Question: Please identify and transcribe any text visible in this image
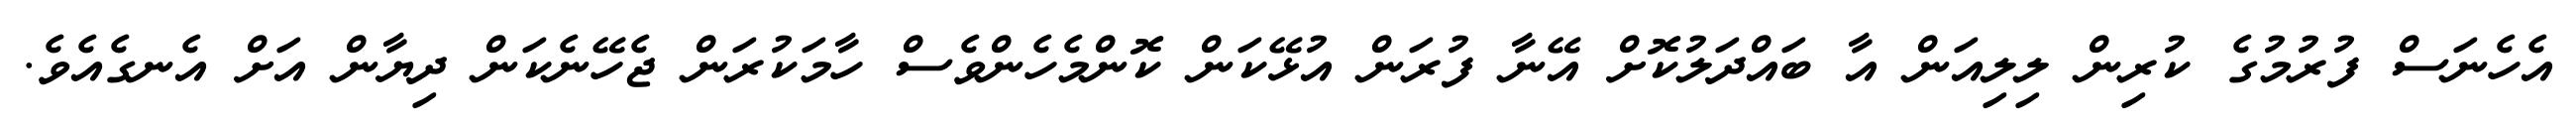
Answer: އެހެނަސް ފުރުމުގެ ކުރިން ލިލިއަން އާ ބައްދަލުކޮށް އޭނާ ފުރަން އުޅޭކަން ކޮންމެހެންވެސް ހާމަކުރަން ޖެހޭނެކަން ދިޔާން އަށް އެނގެއެވެ.